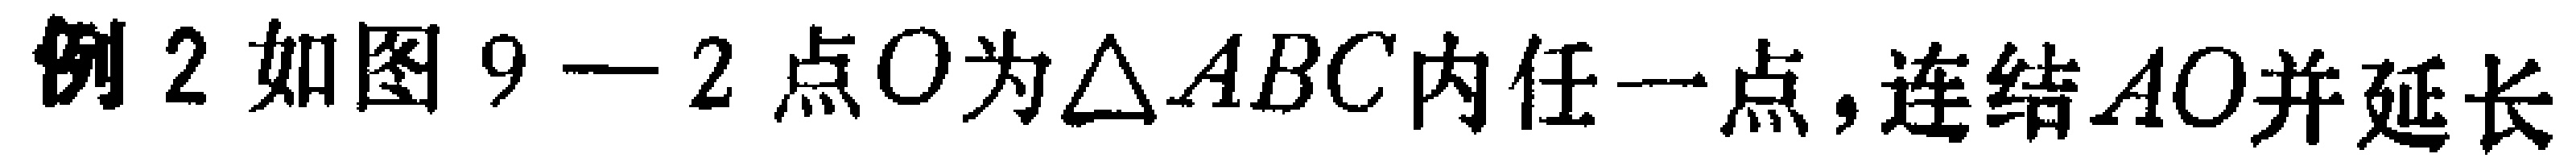
例2 如图9—2 点\(O\)为\(\triangle ABC\)内任一点，连结\(AO\)并延长